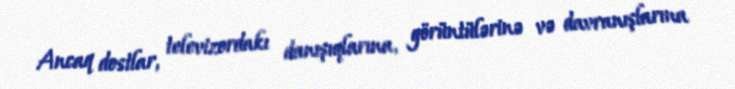
Ancaq dostlar, televizordakı danışıqlarına, görüntülərinə və davranışlarına